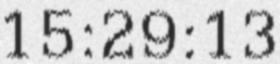
15:29:13